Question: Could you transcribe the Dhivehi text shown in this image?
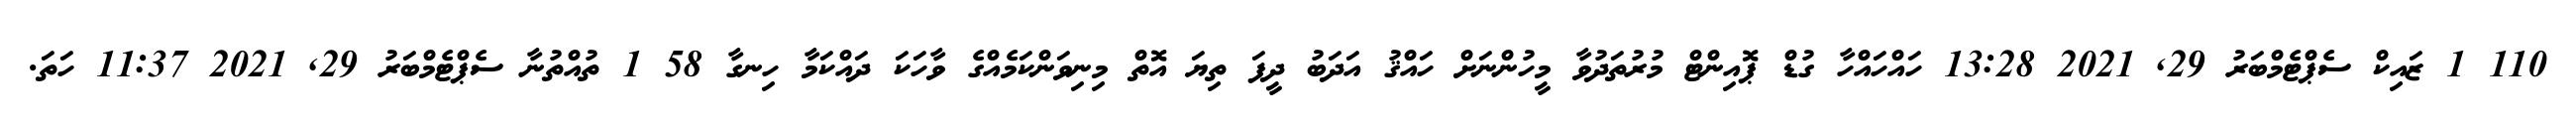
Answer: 110 1 ޒައިކް ސެޕްޓެމްބަރު 29, 2021 13:28 ހައްހައްހާ ގުޑް ޕޮއިންޓް މުރުތަދުވާ މީހުންނަށް ހައްޤު އަދަބު ދީފަ ތިޔަ އޮތް މިނިވަންކަމެއްގެ ވާހަކަ ދައްކަމާ ހިނގާ 58 1 ތުއްތުނާ ސެޕްޓެމްބަރު 29, 2021 11:37 ހަތަ.